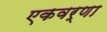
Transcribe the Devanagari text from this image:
एकवर्णा